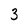
Character: 3